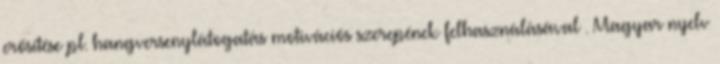
erősítése pl. hangversenylátogatás motivációs szerepének felhasználásával . Magyar nyelv